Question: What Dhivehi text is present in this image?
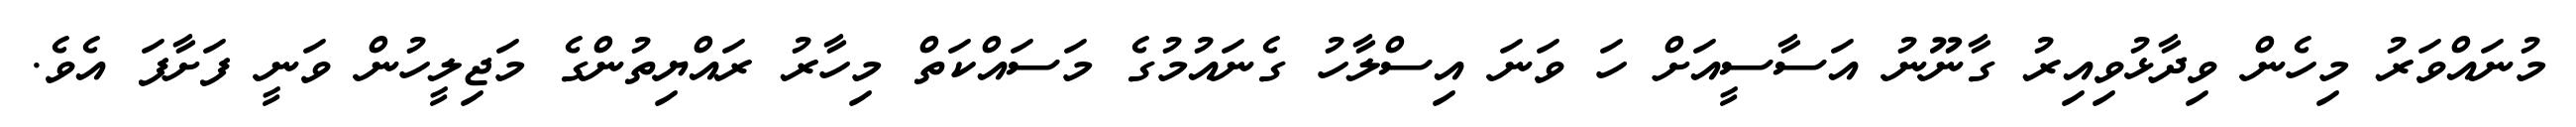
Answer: މުނައްވަރު މިހެން ވިދާޅުވިއިރު ގާނޫނު އަސާސީއަށް ހަ ވަނަ އިސްލާހު ގެނައުމުގެ މަސައްކަތް މިހާރު ރައްޔިތުންގެ މަޖިލީހުން ވަނީ ފަށާފަ އެވެ.